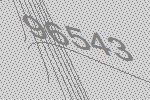
96543